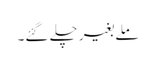
ملے بغیر چلے گئے۔